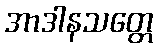
အာဒါနသတ္တေ